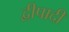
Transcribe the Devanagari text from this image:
द्वीपादी